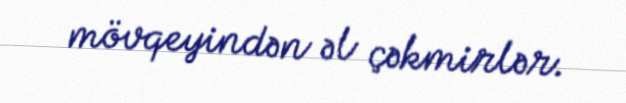
mövqeyindən əl çəkmirlər.